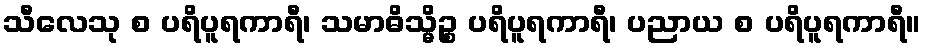
သီလေသု စ ပရိပူရကာရီ၊ သမာဓိသ္မိဉ္စ ပရိပူရကာရီ၊ ပညာယ စ ပရိပူရကာရီ။